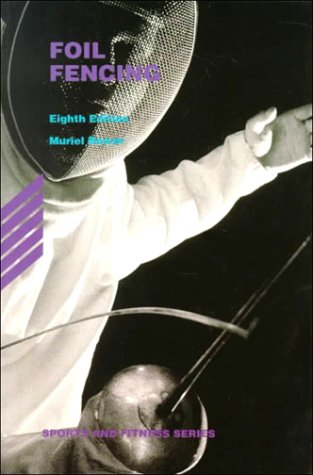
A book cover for Foil Fencing (Sports and Fitness Series); Muriel Bower; Sports & Outdoors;